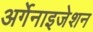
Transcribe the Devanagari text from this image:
अर्गेनाइजेशन